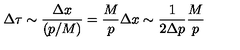
\Delta \tau \sim \frac { \Delta x } { ( p / M ) } = \frac { M } { p } \Delta x \sim \frac { 1 } { 2 \Delta p } \frac { M } { p }